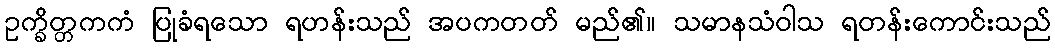
ဥက္ခိတ္တကကံ ပြုခံရသော ရဟန်းသည် အပကတတ် မည်၏။ သမာနသံဝါသ ရတန်းကောင်းသည်